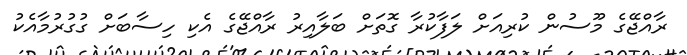
ރާއްޖޭގެ މޫސުން ކުރިއަށް ލަފާކުރާ ގޮތަށް ބަލާއިރު ރާއްޖޭގެ އެކި ހިސާބަށް ގުގުރުމާއެކު